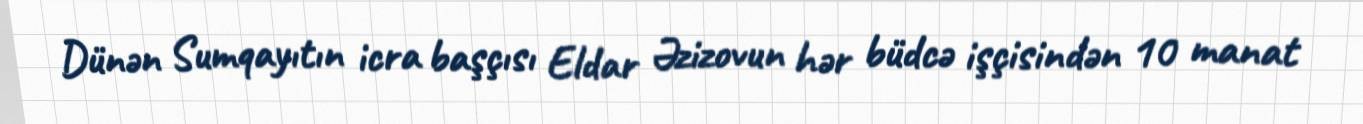
Dünən Sumqayıtın icra başçısı Eldar Əzizovun hər büdcə işçisindən 10 manat